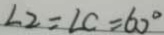
\angle 2 = \angle C = 6 0 ^ { \circ }